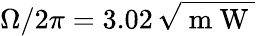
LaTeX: \Omega/2\pi=3.02\, \sqrt{\mathrm{~m~W~}}